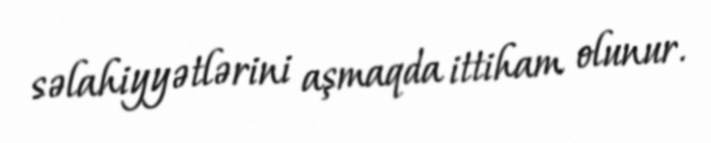
səlahiyyətlərini aşmaqda ittiham olunur.